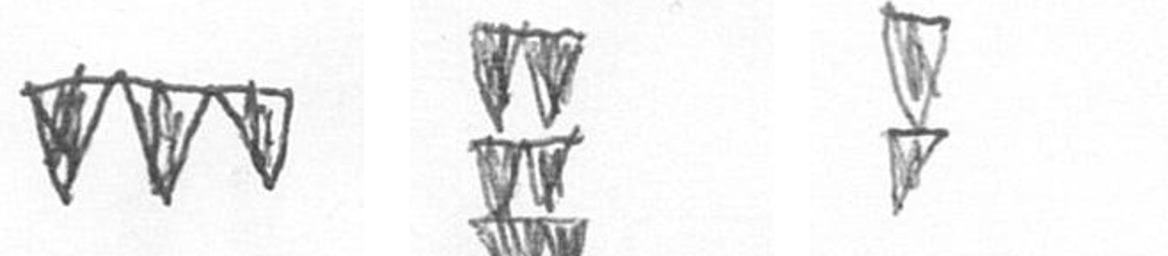
L Y Z